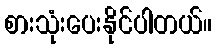
စားသုံးပေးနိုင်ပါတယ်။